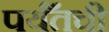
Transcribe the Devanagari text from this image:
पर्यँतची